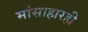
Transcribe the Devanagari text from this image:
मांसाहारही